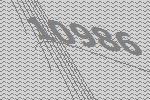
10986